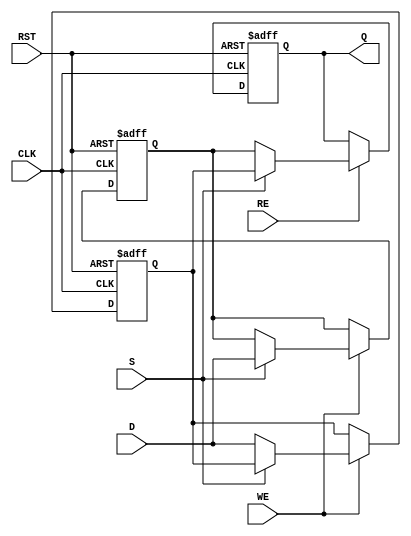
module double_buffer_register #(
    parameter DATA_WIDTH = 8  // Parameter for data width
)(
    input  wire [DATA_WIDTH-1:0] D,    // Data In
    input  wire WE,                    // Write Enable
    input  wire RE,                    // Read Enable
    input  wire S,                     // Select (0 for Buffer A, 1 for Buffer B)
    input  wire CLK,                   // Clock
    input  wire RST,                   // Reset
    output reg [DATA_WIDTH-1:0] Q      // Data Out
);

    // Internal registers for Buffer A and Buffer B
    reg [DATA_WIDTH-1:0] buffer_a;
    reg [DATA_WIDTH-1:0] buffer_b;

    // Asynchronous reset and clocked operations
    always @(posedge CLK or posedge RST) begin
        if (RST) begin
            // Clear both buffers on reset
            buffer_a <= {DATA_WIDTH{1'b0}};
            buffer_b <= {DATA_WIDTH{1'b0}};
            Q <= {DATA_WIDTH{1'b0}};
        end else begin
            // Write operation
            if (WE) begin
                if (S) begin
                    buffer_b <= D;  // Write to Buffer B
                end else begin
                    buffer_a <= D;  // Write to Buffer A
                end
            end
            
            // Read operation
            if (RE) begin
                if (S) begin
                    Q <= buffer_a;  // Read from Buffer A if S is 1
                end else begin
                    Q <= buffer_b;  // Read from Buffer B if S is 0
                end
            end
        end
    end

endmodule